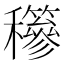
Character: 𥤇